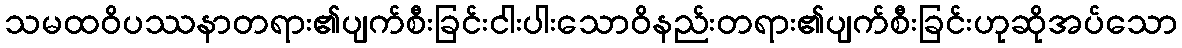
သမထဝိပဿနာတရား၏ပျက်စီးခြင်းငါးပါးသောဝိနည်းတရား၏ပျက်စီးခြင်းဟုဆိုအပ်သော